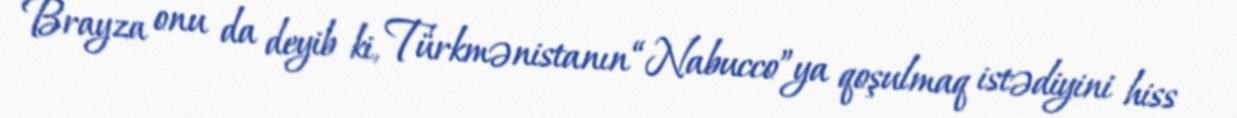
Brayza onu da deyib ki, Türkmənistanın “Nabucco”ya qoşulmaq istədiyini hiss